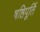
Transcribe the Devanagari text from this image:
षष्ठिपूर्ति